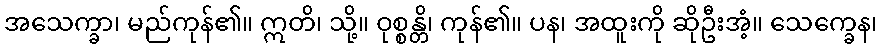
အသေက္ခာ၊ မည်ကုန်၏။ ဣတိ၊ သို့။ ဝုစ္စန္တိ၊ ကုန်၏။ ပန၊ အထူးကို ဆိုဦးအံ့။ သေက္ခေန၊